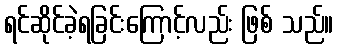
ရင်ဆိုင်ခဲ့ရခြင်းကြောင့်လည်း ဖြစ် သည်။